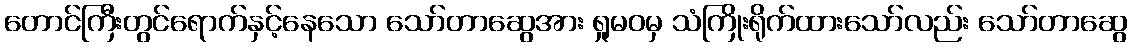
တောင်ကြီးတွင်ရောက်နှင့်နေသော သော်တာဆွေအား ရှုမဝမှ သံကြိုးရိုက်ထားသော်လည်း သော်တာဆွေ